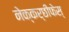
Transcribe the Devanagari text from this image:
नेक्कर्छीफेस्